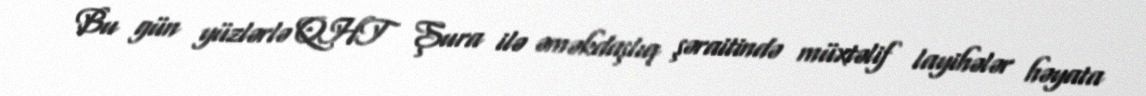
Bu gün yüzlərlə QHT Şura ilə əməkdaşlıq şəraitində müxtəlif layihələr həyata